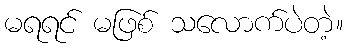
မရရင် မဖြစ် သလောက်ပဲတဲ့။